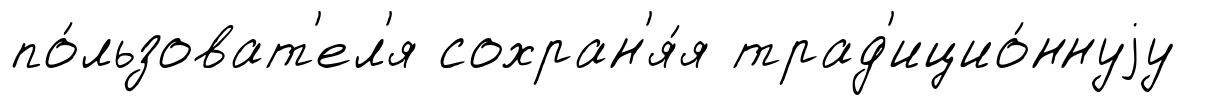
по́льзоват'ел'я сохран'я́я трад'ицио́ннуjу